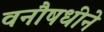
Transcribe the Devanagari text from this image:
वनौषधीने